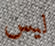
ليس